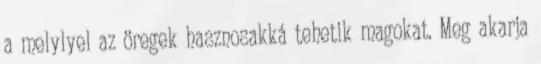
a melylyel az öregek hasznosakká tehetik magokat. Meg akarja